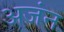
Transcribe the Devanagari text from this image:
अजंन